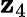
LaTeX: \mathbf{z}_{4}